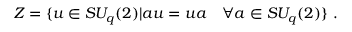
{ \cal Z } = \{ u \in S U _ { q } ( 2 ) | a u = u a ~ ~ ~ \forall a \in S U _ { q } ( 2 ) \} ~ .